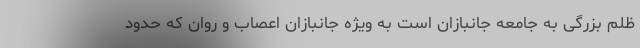
ظلم بزرگی به جامعه جانبازان است به ویژه جانبازان اعصاب و روان که حدود